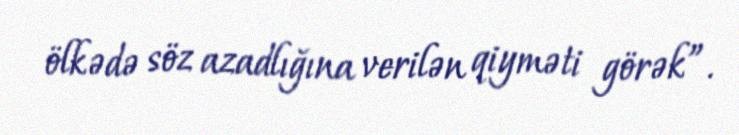
ölkədə söz azadlığına verilən qiyməti görək”.